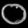
Digit: ၀